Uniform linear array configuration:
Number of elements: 64
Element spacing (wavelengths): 0.75
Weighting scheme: uniform
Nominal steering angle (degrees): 45
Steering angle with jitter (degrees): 43.823
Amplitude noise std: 0.05
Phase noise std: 0.05

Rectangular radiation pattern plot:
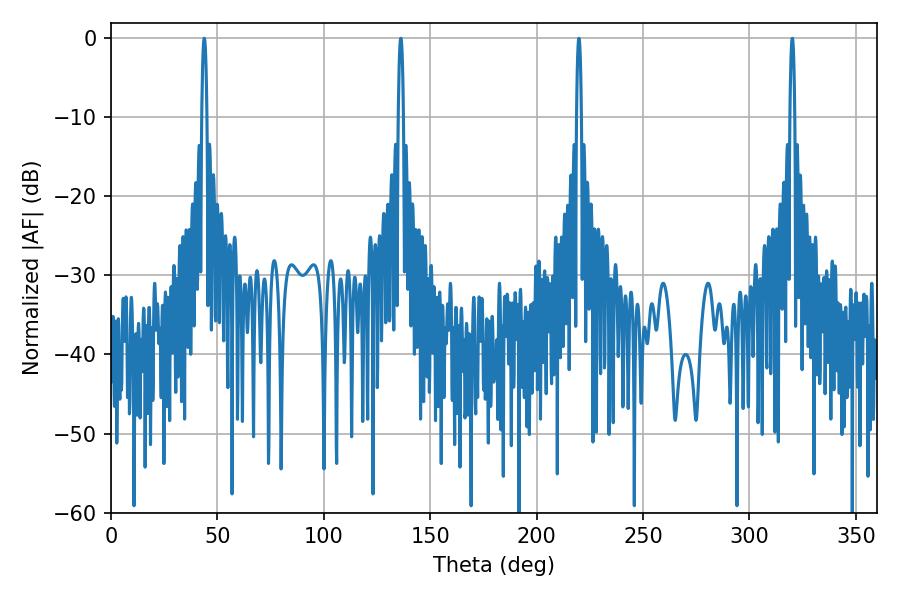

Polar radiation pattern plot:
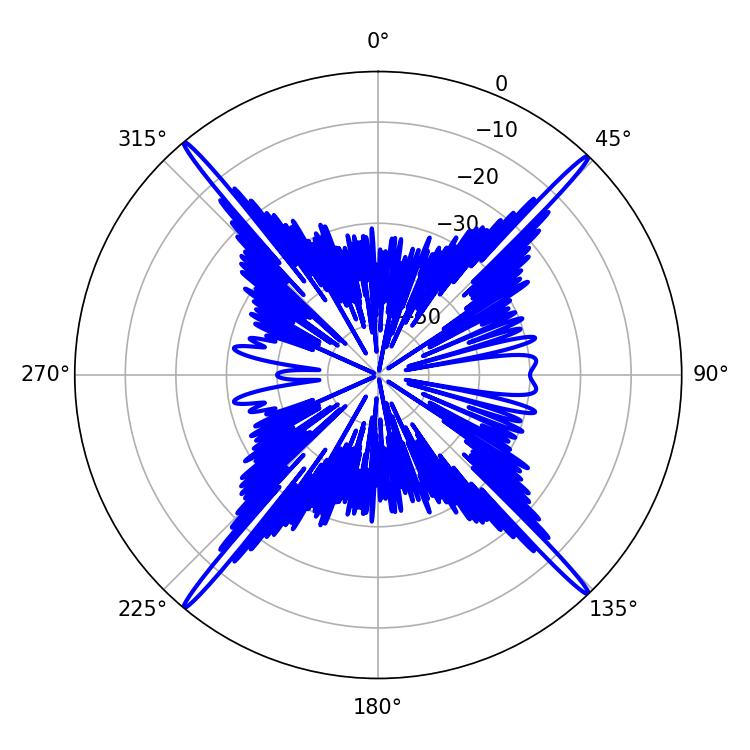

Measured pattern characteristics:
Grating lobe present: TRUE
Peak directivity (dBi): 25.522
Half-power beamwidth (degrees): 1.26
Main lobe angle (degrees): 43.74